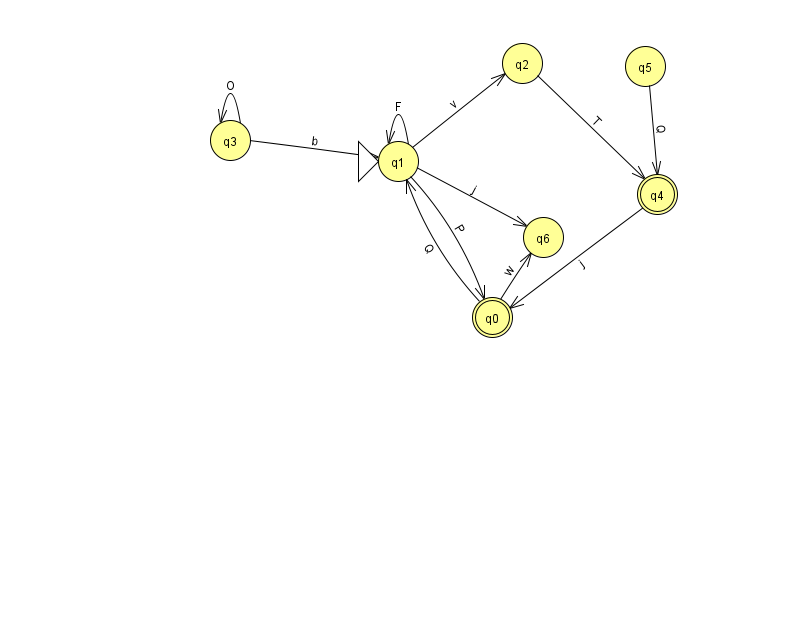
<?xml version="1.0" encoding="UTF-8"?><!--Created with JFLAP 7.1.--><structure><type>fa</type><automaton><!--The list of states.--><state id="0" name="q0"><x>492.0</x><y>304.0</y><final/></state><state id="1" name="q1"><x>398.0</x><y>148.0</y><initial/></state><state id="2" name="q2"><x>522.0</x><y>50.0</y></state><state id="3" name="q3"><x>230.0</x><y>127.0</y></state><state id="4" name="q4"><x>657.0</x><y>181.0</y><final/></state><state id="5" name="q5"><x>645.0</x><y>53.0</y></state><state id="6" name="q6"><x>543.0</x><y>224.0</y></state><!--The list of transitions.--><transition><from>2</from><to>4</to><read>T</read></transition><transition><from>5</from><to>4</to><read>Q</read></transition><transition><from>1</from><to>1</to><read>F</read></transition><transition><from>1</from><to>2</to><read>v</read></transition><transition><from>4</from><to>0</to><read>j</read></transition><transition><from>0</from><to>6</to><read>w</read></transition><transition><from>3</from><to>1</to><read>b</read></transition><transition><from>0</from><to>1</to><read>Q</read></transition><transition><from>1</from><to>0</to><read>P</read></transition><transition><from>1</from><to>6</to><read>j</read></transition><transition><from>3</from><to>3</to><read>O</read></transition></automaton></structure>